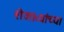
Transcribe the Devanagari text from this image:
शेजाऱ्यांच्या